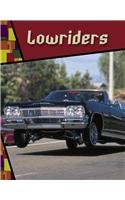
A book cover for Lowriders (Wild Rides!); Danny Parr; Children's Books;